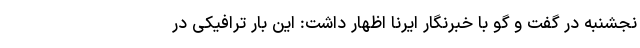
نجشنبه در گفت و گو با خبرنگار ایرنا اظهار داشت: این بار ترافیکی در